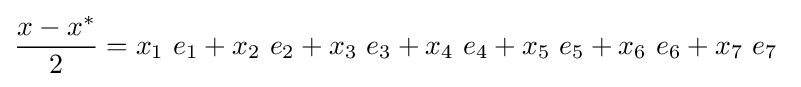
{\frac {x-x^{*}}{2}}=x_{1}\ e_{1}+x_{2}\ e_{2}+x_{3}\ e_{3}+x_{4}\ e_{4}+x_{5}\ e_{5}+x_{6}\ e_{6}+x_{7}\ e_{7}~